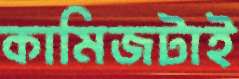
কামিজটাই